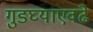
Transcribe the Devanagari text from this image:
गुडघ्याएवढे